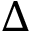
\Delta